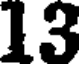
13